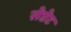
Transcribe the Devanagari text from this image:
सेप्टेट